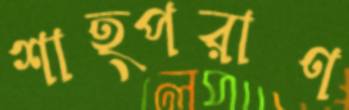
শাহ্পরাণ